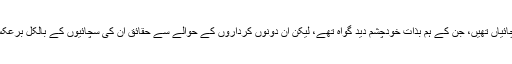
یہ وہ سچائیاں تھیں، جن کے ہم بذاتِ خودچشم دید گواہ تھے، لیکن ان دونوں کرداروں کے حوالے سے حقائق ان کی سچائیوں کے بالکل برعکس تھے۔